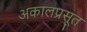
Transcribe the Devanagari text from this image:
अकालप्रसूत